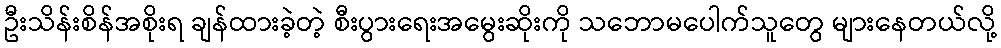
ဦးသိန်းစိန်အစိုးရ ချန်ထားခဲ့တဲ့ စီးပွားရေးအမွေးဆိုးကို သဘောမပေါက်သူတွေ များနေတယ်လို့